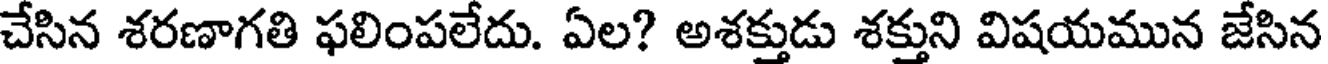
చేసిన శరణాగతి ఫలింపలేదు. ఏల? అశక్తుడు శక్తుని విషయమున జేసిన